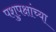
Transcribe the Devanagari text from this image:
पशुपक्षांच्या